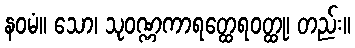
နဝမံ။ သော၊ သုဝဏ္ဏကာရတ္ထေရဝတ္ထု၊ တည်း။